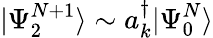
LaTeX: |\Psi_{2}^{N+1}\rangle\sim a_{k}^{\dagger}|\Psi_{0}^{N}\rangle